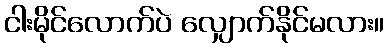
ငါးမိုင်လောက်ပဲ လျှောက်နိုင်မလား။